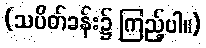
(သပိတ်ခန်း၌ ကြည့်ပါ။)